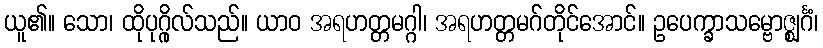
ယူ၏။ သော၊ ထိုပုဂ္ဂိုလ်သည်။ ယာဝ အရဟတ္တမဂ္ဂါ၊ အရဟတ္တမဂ်တိုင်အောင်။ ဥပေက္ခာသမ္ဗောဇ္ဈင်္ဂံ၊